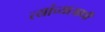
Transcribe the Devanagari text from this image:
त्यांच्याआधी